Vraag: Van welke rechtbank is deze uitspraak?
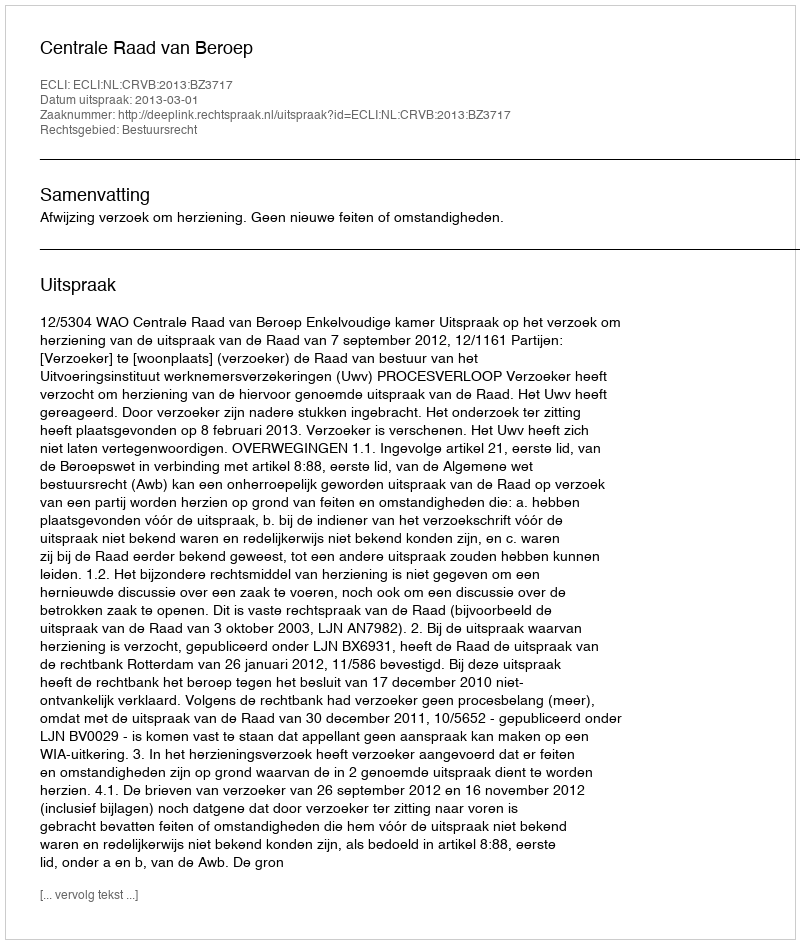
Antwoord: Centrale Raad van Beroep